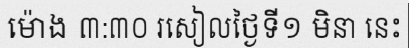
ម៉ោង ៣:៣០ រសៀលថ្ងៃទី១ មិនា នេះ